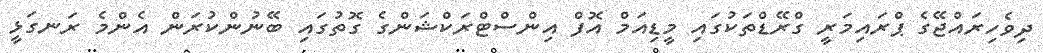
ދިވެހިރައްޖޭގެ ޕްރައިމަރީ ގްރޭޑްތަކުގައި މީޑިއަމް އޮފް އިންސްޓްރަކްޝަންގެ ގޮތުގައި ބޭނުންކުރަން އެންމެ ރަނގަޅީ